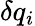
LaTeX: \delta q_{i}